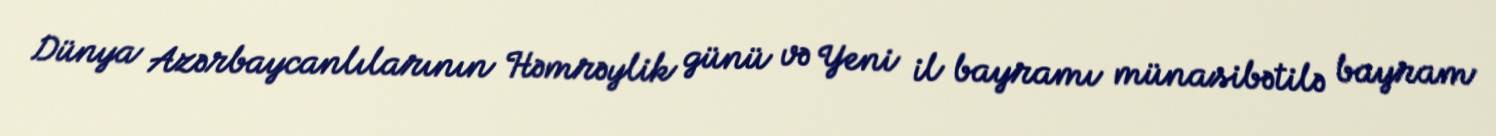
Dünya Azərbaycanlılarının Həmrəylik günü və Yeni il bayramı münasibətilə bayram